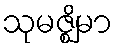
သုမဇ္ဈိမာ